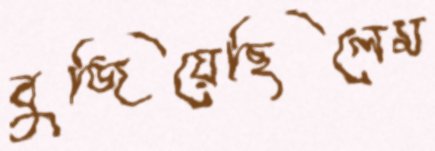
বুজিয়েছিলেম